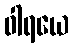
ဝါရယေ